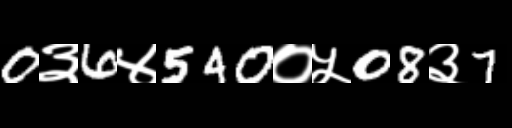
Text: 0३6४540०५08३7